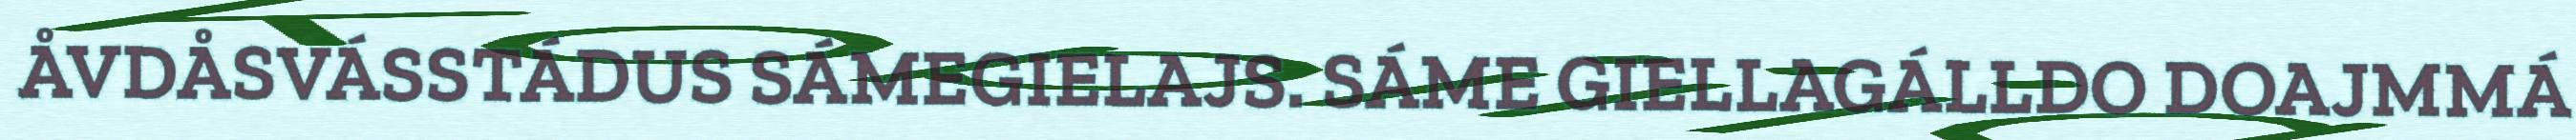
ÅVDÅSVÁSSTÁDUS SÁMEGIELAJS. SÁME GIELLAGÁLLDO DOAJMMÁ